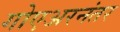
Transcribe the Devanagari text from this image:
गोएअरनंतर